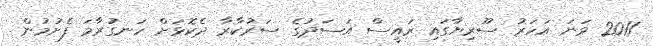
2011 ވަނަ އަހަރު ސޫރިޔާގައި ރައީސް އަސަދުގެ ސަރުކާރާ ދެކޮޅަށް ހަނގުރާމަ ފެށުމުން